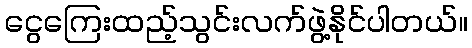
ငွေကြေးထည့်သွင်းလက်ဖွဲ့နိုင်ပါတယ်။